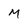
Character: m